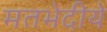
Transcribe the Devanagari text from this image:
मतभेदीये